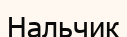
Нальчик